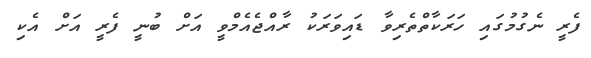
ފެރީ ނެގުމުގައި ހަރަކާތްތެރިވާ ޑައިވަރަކު ރާއްޖެއެމްވީ އަށް ބުނީ ފެރީ އަށް އެކި